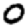
Digit: 0